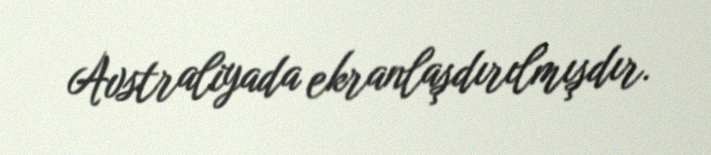
Avstraliyada ekranlaşdırılmışdır.